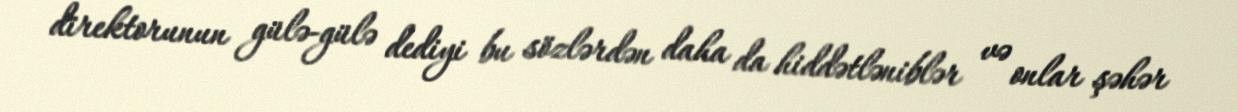
direktorunun gülə-gülə dediyi bu sözlərdən daha da hiddətləniblər və onlar şəhər